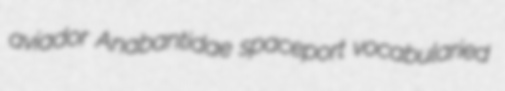
aviador Anabantidae spaceport vocabularied